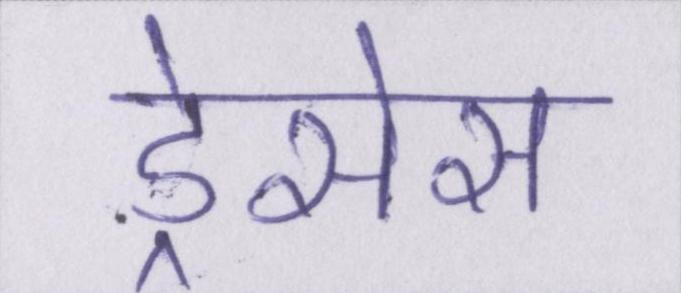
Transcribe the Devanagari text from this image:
ड्रेसेस